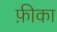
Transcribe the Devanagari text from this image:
फ़ीका